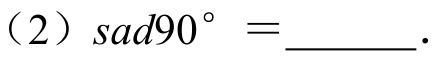
(2) \( \text{sad}90^{\circ}=\underline{\quad\quad}\).